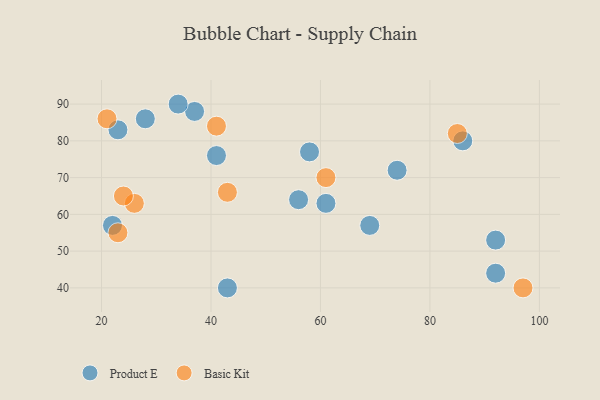
{"axis": {"x": "GDP", "y": "Life Expectancy"}, "legend": ["Basic Kit", "Product E"], "data": [{"x": "69", "y": 57, "type": "Product E"}, {"x": "23", "y": 83, "type": "Product E"}, {"x": "61", "y": 63, "type": "Product E"}, {"x": "86", "y": 80, "type": "Product E"}, {"x": "58", "y": 77, "type": "Product E"}, {"x": "37", "y": 88, "type": "Product E"}, {"x": "56", "y": 64, "type": "Product E"}, {"x": "41", "y": 76, "type": "Product E"}, {"x": "34", "y": 90, "type": "Product E"}, {"x": "28", "y": 86, "type": "Product E"}, {"x": "92", "y": 44, "type": "Product E"}, {"x": "92", "y": 53, "type": "Product E"}, {"x": "43", "y": 40, "type": "Product E"}, {"x": "22", "y": 57, "type": "Product E"}, {"x": "74", "y": 72, "type": "Product E"}, {"x": "23", "y": 55, "type": "Basic Kit"}, {"x": "26", "y": 63, "type": "Basic Kit"}, {"x": "24", "y": 65, "type": "Basic Kit"}, {"x": "43", "y": 66, "type": "Basic Kit"}, {"x": "41", "y": 84, "type": "Basic Kit"}, {"x": "21", "y": 86, "type": "Basic Kit"}, {"x": "85", "y": 82, "type": "Basic Kit"}, {"x": "61", "y": 70, "type": "Basic Kit"}, {"x": "97", "y": 40, "type": "Basic Kit"}]}